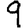
Digit: 9